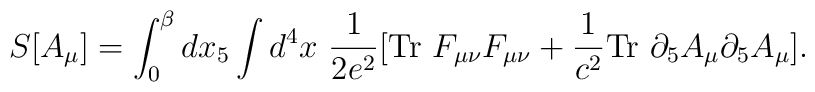
S[A_\mu] = \int_0^\beta dx_5 \int d^4x \ \frac{1}{2 e^2}[\mbox{Tr} \ F_{\mu\nu} F_{\mu\nu} + \frac{1}{c^2} \mbox{Tr} \ \partial_5 A_\mu \partial_5 A_\mu].